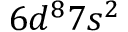
6 d ^ { 8 } 7 s ^ { 2 }